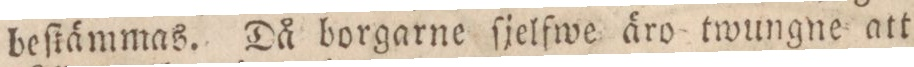
beſtämmas. Då borgarne ſjelfwe äro twungne att